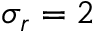
\sigma _ { r } = 2